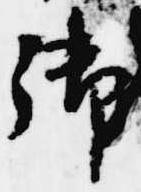
御